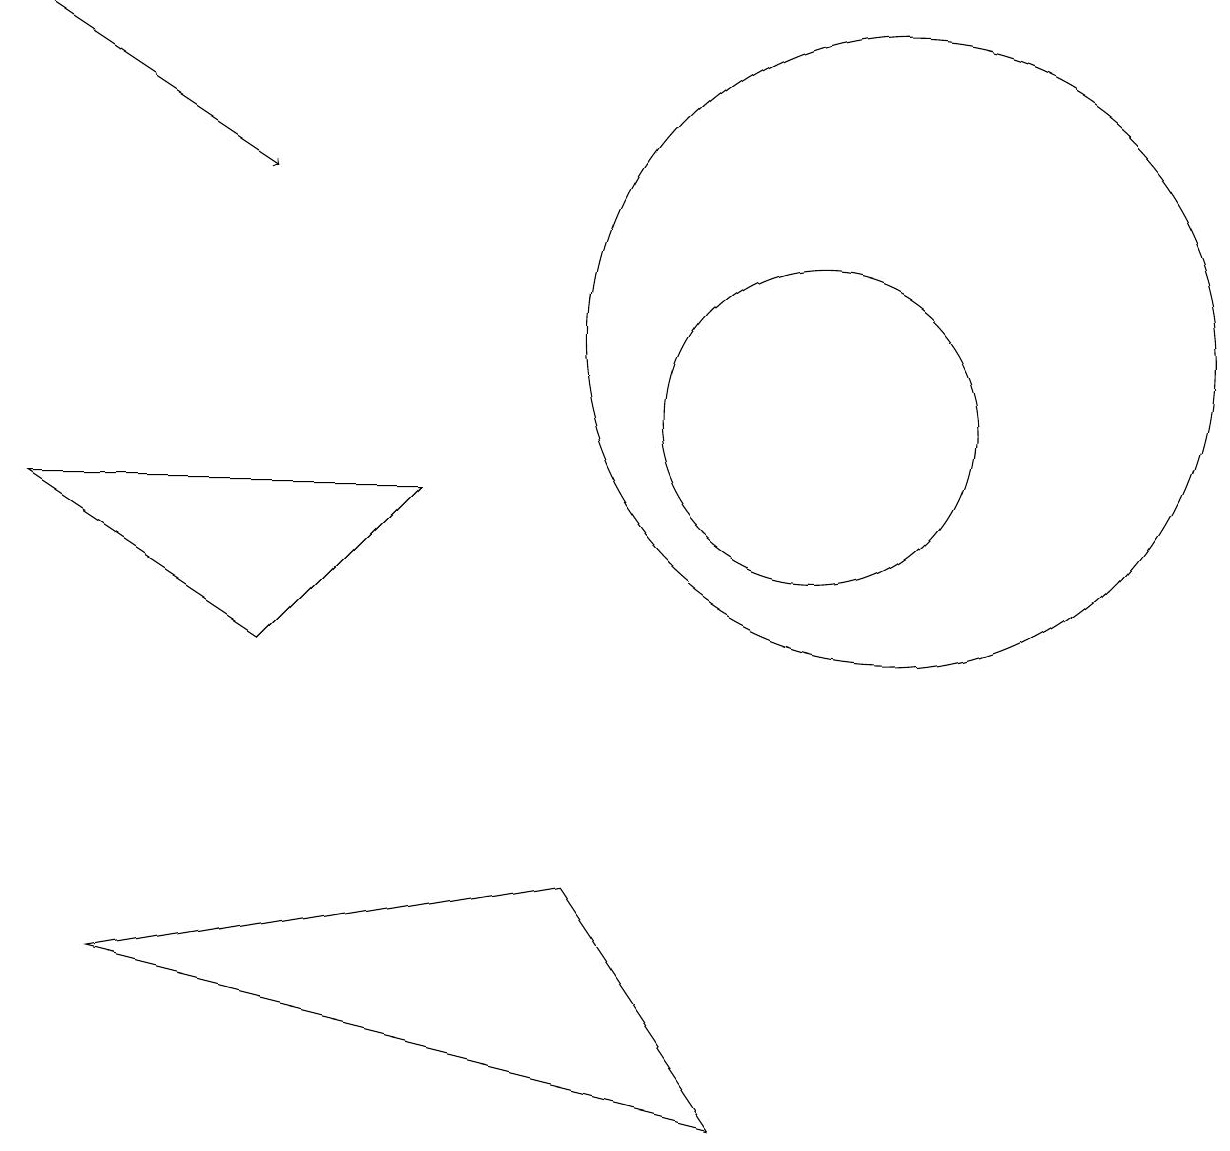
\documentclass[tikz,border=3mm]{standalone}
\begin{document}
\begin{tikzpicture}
\draw (7,4) -- (9,1) -- (1,3) -- cycle;
\draw[->] (0,15) -- (3,13);
\draw (11,11) circle (4);
\draw (10,11) circle (0);
\draw (3,7) -- (5,9) -- (0,9) -- cycle;
\draw (10,10) circle (2);
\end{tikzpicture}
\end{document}